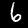
Label: 6